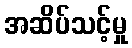
အဆိပ်သင့်မှု